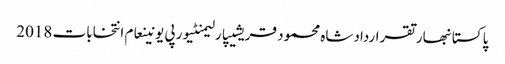
پاکستانبھارتقراردادشاہ محمود قریشیپارلیمنٹیورپی یونینعام انتخابات 2018